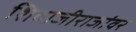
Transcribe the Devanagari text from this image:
शिवाजीराजांवर